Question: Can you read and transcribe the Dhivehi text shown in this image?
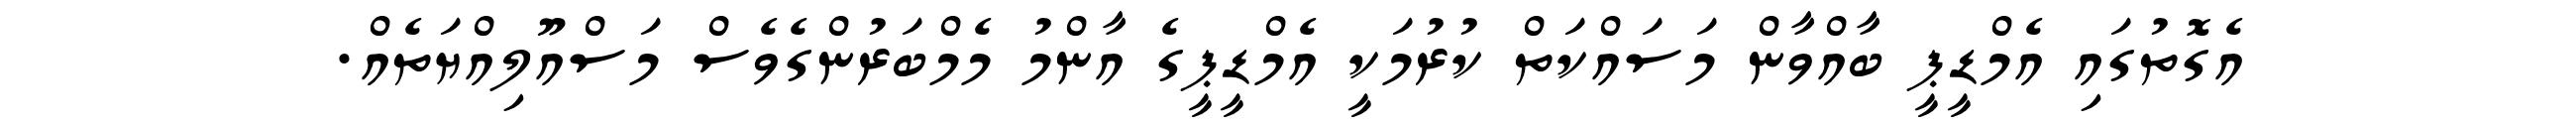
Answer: އެގޮތުގައި އެމްޑީޕީ ބާއްވާން މަސައްކަތް ކުރުމަކީ އެމްޑީޕީގެ އާންމު މެމްބަރުންގެވެސް މަސްއޫލިއްޔަތެއް.